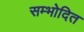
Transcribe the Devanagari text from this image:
सम्भोदित